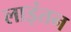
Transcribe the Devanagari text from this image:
लाइंतन